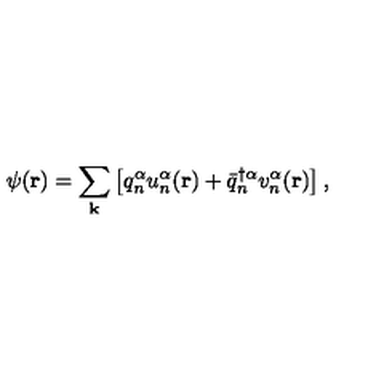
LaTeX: \psi ( { \bf r } ) = \sum _ { \bf k } \left[ q _ { n } ^ { \alpha } u _ { n } ^ { \alpha } ( { \bf r } ) + { \bar { q } } _ { n } ^ { \dagger { \alpha } } v _ { n } ^ { \alpha } ( { \bf r } ) \right] ,